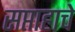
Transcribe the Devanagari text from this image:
सप्ताहाचे